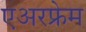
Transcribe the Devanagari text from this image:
एअरफ्रेम